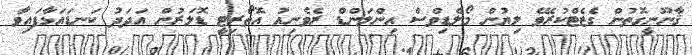
ޤާނޫނީގޮތުން ގެޒެޓްކުރެވޭ ލިޔުން މޯލްޑިވްސް އިންލަންޑް ރެވެނިއު އޮތޯރިޓީ ޑޮލަރުން އަދަދު ކަނޑައަޅާފައިވާ